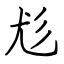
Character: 尨